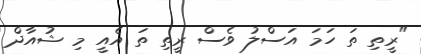
"ރީތި ތަ ހަމަ އަސްލު ވެސް ރީތި ތަ އެއީ މި ޝުއާދް